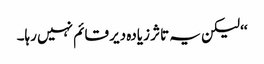
‘‘ لیکن یہ تاثر زیادہ دیر قائم نہیں رہا۔